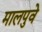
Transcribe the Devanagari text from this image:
मालपुवे